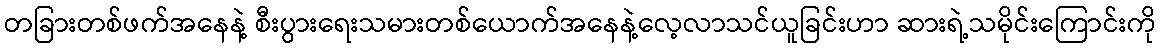
တခြားတစ်ဖက်အနေနဲ့ စီးပွားရေးသမားတစ်ယောက်အနေနဲ့လေ့လာသင်ယူခြင်းဟာ ဆားရဲ့သမိုင်းကြောင်းကို